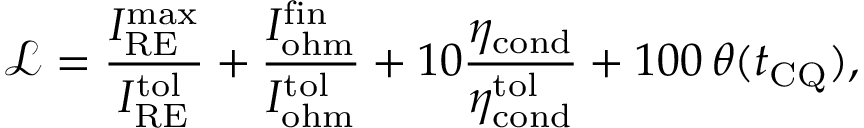
\mathcal { L } = \frac { I _ { \mathrm { R E } } ^ { \mathrm { m a x } } } { I _ { \mathrm { R E } } ^ { \mathrm { t o l } } } + \frac { I _ { \mathrm { o h m } } ^ { \mathrm { f i n } } } { I _ { \mathrm { o h m } } ^ { \mathrm { t o l } } } + 1 0 \frac { \eta _ { \mathrm { c o n d } } } { \eta _ { \mathrm { c o n d } } ^ { \mathrm { t o l } } } + 1 0 0 \, \theta ( t _ { \mathrm { C Q } } ) ,